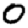
Digit: 0